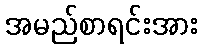
အမည်စာရင်းအား